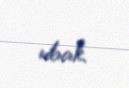
edəcək.